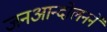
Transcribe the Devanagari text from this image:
जनआन्दोलनने